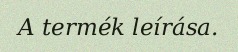
A termék leírása.